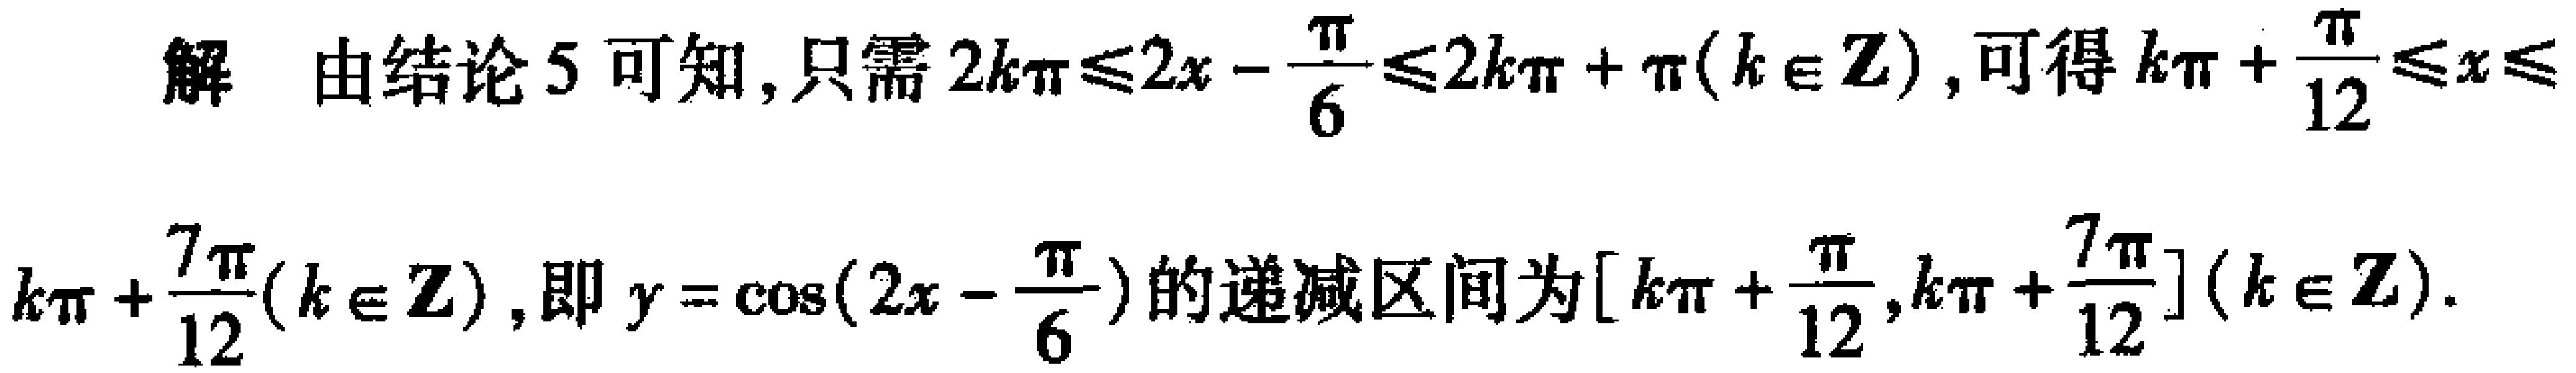
解 由结论 5 可知, 只需 \(2k\pi\leqslant 2x - \frac{\pi}{6}\leqslant 2k\pi+\pi(k\in\mathbb{Z})\), 可得 \(k\pi+\frac{\pi}{12}\leqslant x\leqslant\) \(k\pi+\frac{7\pi}{12}(k\in\mathbb{Z})\), 即 \(y = \cos(2x-\frac{\pi}{6})\) 的递减区间为 \([k\pi+\frac{\pi}{12},k\pi+\frac{7\pi}{12}](k\in\mathbb{Z})\).